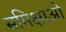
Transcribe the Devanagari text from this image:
समिक्षाओ